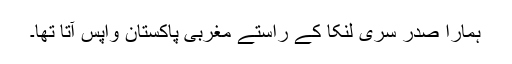
ہمارا صدر سری لنکا کے راستے مغربی پاکستان واپس آتا تھا۔